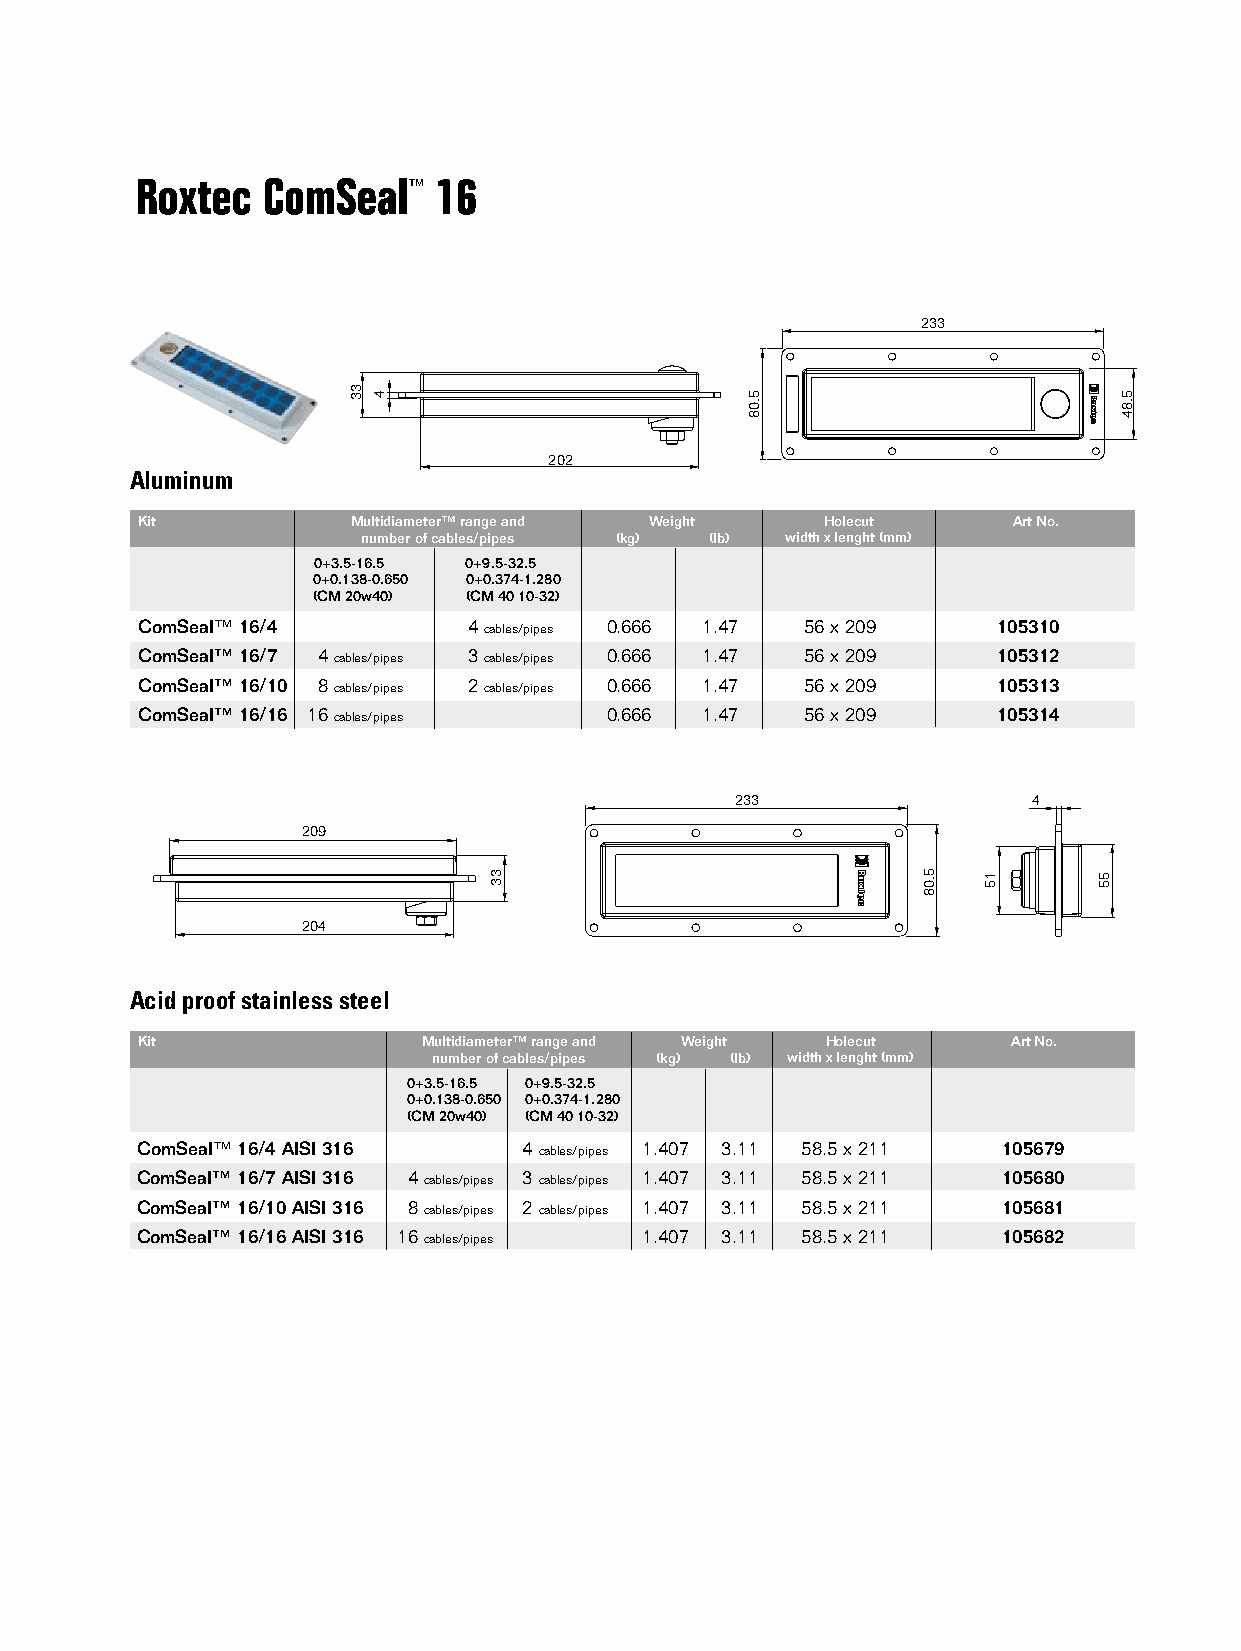
Roxtec  ComSeal™    16
 233
 202
 Aluminum
 Kit           Multidiameter™ range and Weight Holecut     Art No.
 number of cables/pipes (kg) (lb) width x lenght (mm)
 0+3.5-16.5 0+9.5-32.5
 0+0.138-0.650 0+0.374-1.280
 (CM 20w40) (CM 40 10-32)
 ComSeal™ 16/4         4 cables/pipes 0.666 1.47 56 x 209 105310
 ComSeal™ 16/7 4 cables/pipes 3 cables/pipes 0.666 1.47 56 x 209 105312
 ComSeal™ 16/10 8 cables/pipes 2 cables/pipes 0.666 1.47 56 x 209 105313
 ComSeal™ 16/16 16 cables/pipes 0.666 1.47   56 x 209     105314
 233                4
 209
 204
 Acid proof stainless steel
 Kit                Multidiameter™ range and Weight Holecut Art No.
 number of cables/pipes (kg) (lb) width x lenght (mm)
 0+3.5-16.5 0+9.5-32.5
 0+0.138-0.650 0+0.374-1.280
 (CM 20w40) (CM 40 10-32)
 ComSeal™ 16/4 AISI 316    4 cables/pipes 1.407 3.11 58.5 x 211 105679
 ComSeal™ 16/7 AISI 316 4 cables/pipes 3 cables/pipes 1.407 3.11 58.5 x 211 105680
 ComSeal™ 16/10 AISI 316 8 cables/pipes 2 cables/pipes 1.407 3.11 58.5 x 211 105681
 ComSeal™ 16/16 AISI 316 16 cables/pipes 1.407 3.11 58.5 x 211 105682
 33 4
 33
 5.08
 5.08 15     55
 5.84